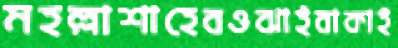
মহল্লাশাহেবওঝাইবাকাই